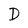
Character: D